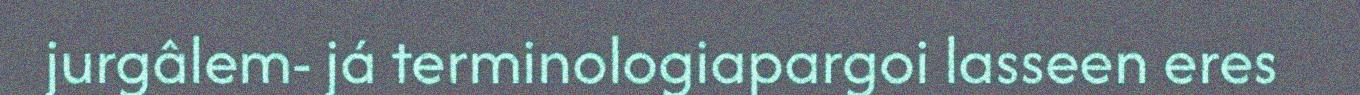
jurgâlem- já terminologiapargoi lasseen eres